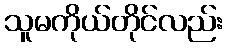
သူမကိုယ်တိုင်လည်း